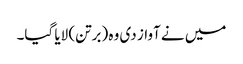
میں نے آواز دی وہ (برتن) لایا گیا۔